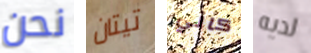
نحن تيتان كالي لديه